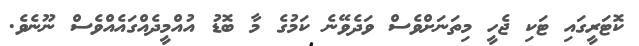
ކޮޓަރީގައި ޓަކި ޖެހީ މިތަނަށްވެސް ވަދެވޭނެ ކަމުގެ މާ ބޮޑު އުއްމީދެއްގައެއްވެސް ނޫނެވެ.